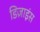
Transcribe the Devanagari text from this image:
डिज़ाइंस